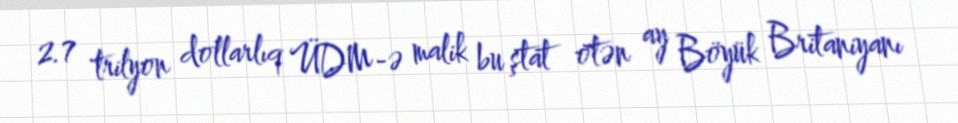
2.7 trilyon dollarlıq ÜDM-ə malik bu ştat ötən ay Böyük Britaniyanı